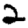
Digit: 2